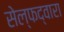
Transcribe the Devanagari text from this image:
सेल्फद्वारा